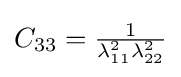
{\textstyle C_{33}={\frac {1}{\lambda _{11}^{2}\lambda _{22}^{2}}}}